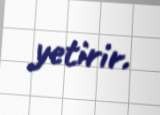
yetirir.